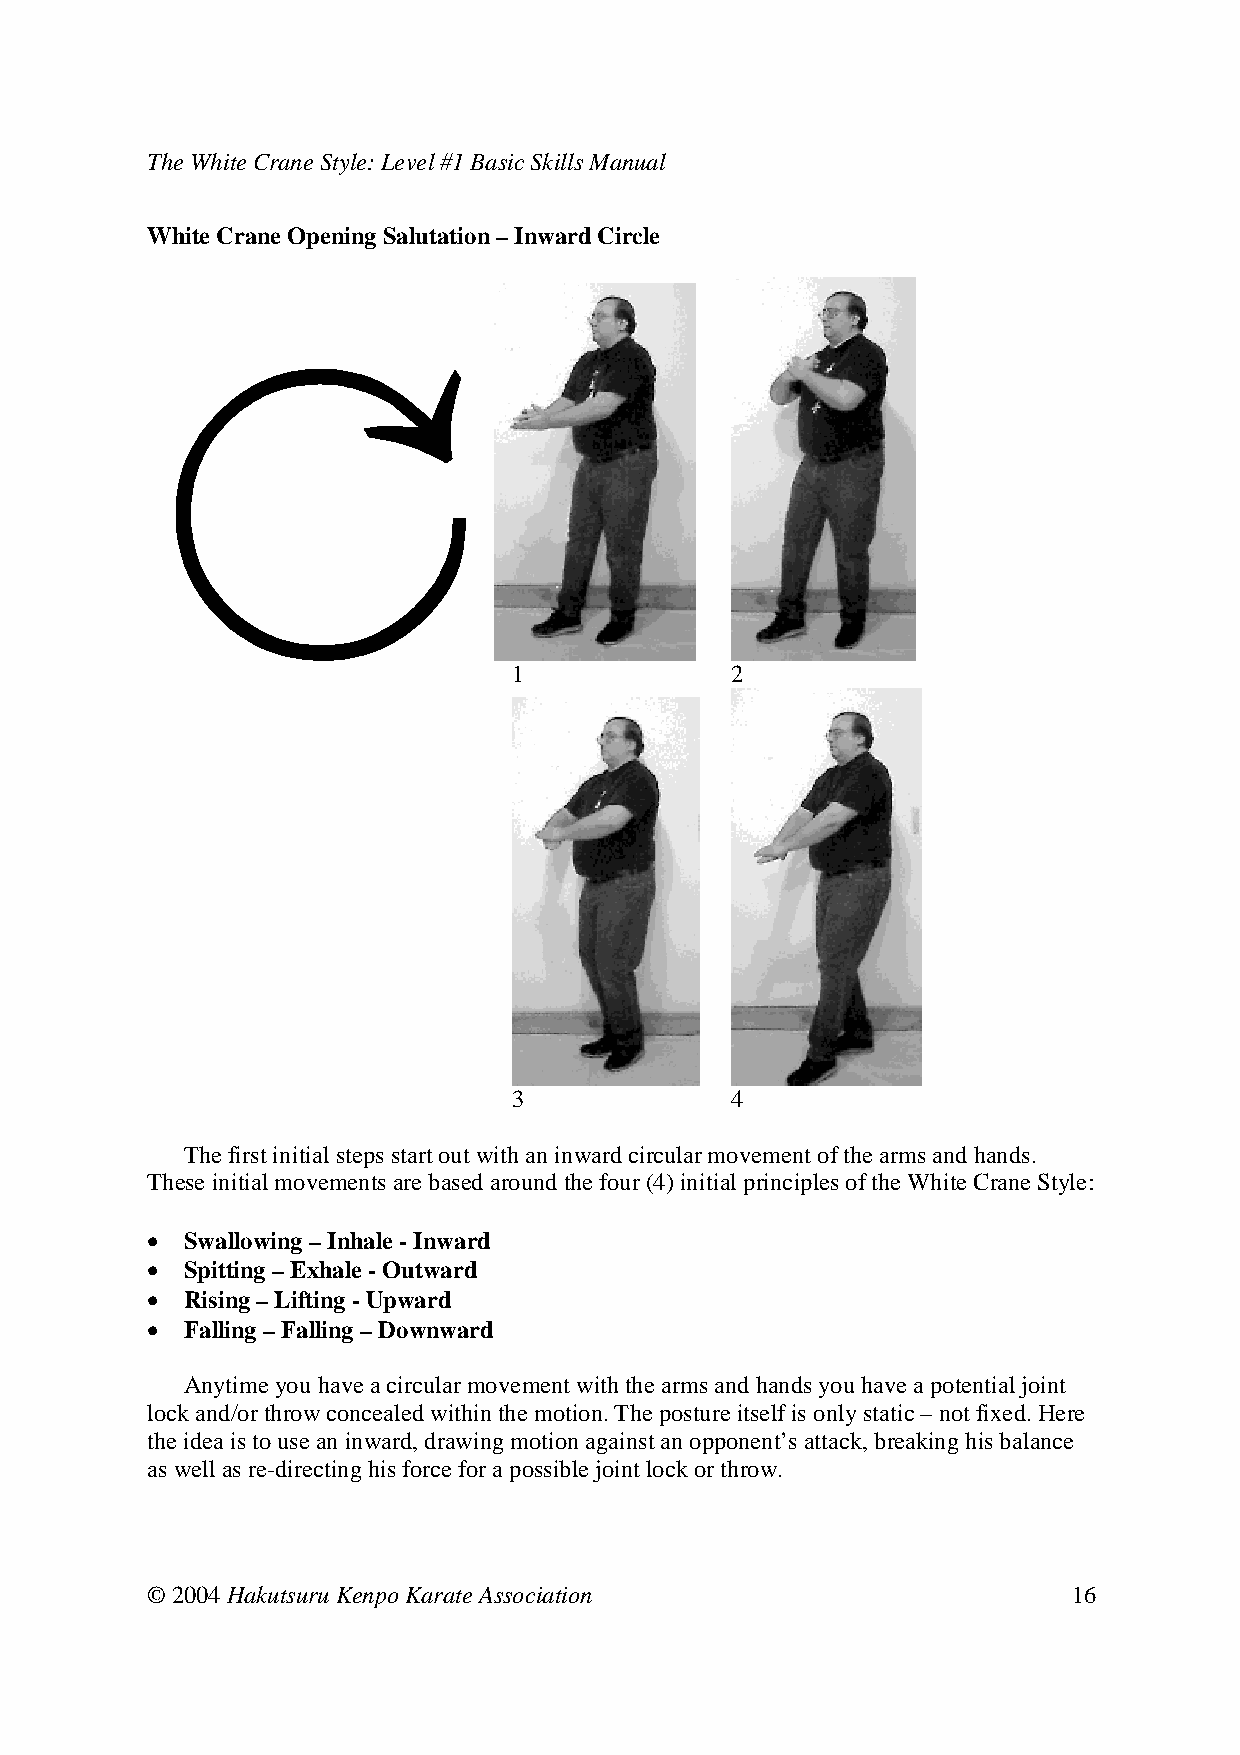
The White Crane Style: Level #1 Basic Skills Manual
 White Crane Opening Salutation – Inward Circle
 1      2
 3      4
 The first initial steps start out with an inward circular movement of the arms and hands.
 These initial movements are based around the four (4) initial principles of the White Crane Style:
 • Swallowing – Inhale - Inward
 • Spitting – Exhale - Outward
 • Rising – Lifting - Upward
 • Falling – Falling – Downward
 Anytime you have a circular movement with the arms and hands you have a potential joint
 lock and/or throw concealed within the motion. The posture itself is only static – not fixed. Here
 the idea is to use an inward, drawing motion against an opponent’s attack, breaking his balance
 as well as re-directing his force for a possible joint lock or throw.
 © 2004 Hakutsuru Kenpo Karate Association                    16